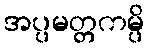
အပ္ပမတ္တကမ္ပိ